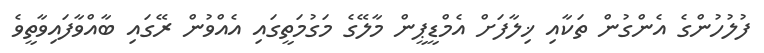
ފުލުހުންގެ އެންގުން ތަކާއި ޚިލާފަށް އެމްޑީޕީން މާލޭގެ މަގުމަތީގައި އެއްވުން ރޭގައި ބާއްވާފައިވާތީވެ